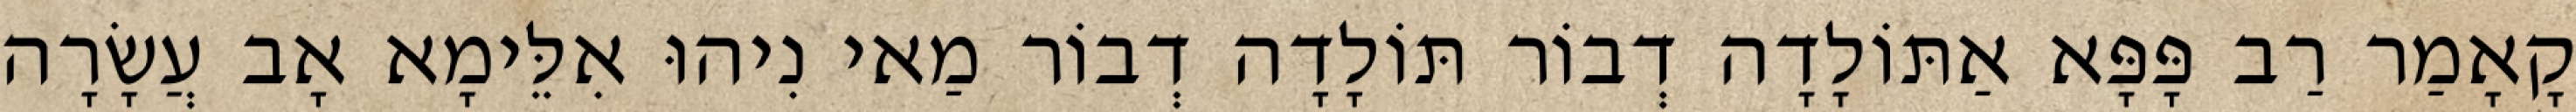
קָאָמַר רַב פָּפָּא אַתּוֹלָדָה דְבוֹר תּוֹלָדָה דְבוֹר מַאי נִיהוּ אִלֵּימָא אָב עֲשָׂרָה